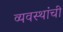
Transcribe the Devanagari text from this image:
व्यवस्थांची